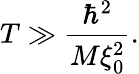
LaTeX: \begin{array}{ccc}{\displaystyle{T\gg\frac{\hbar^{2}}{M\xi_{0}^{2}}.}}\end{array}